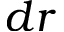
d r